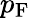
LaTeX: p_{\mathrm{F}}